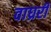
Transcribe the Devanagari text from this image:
वाघ्ररी